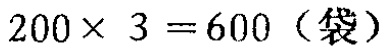
\(200\times 3 = 600（袋）\)